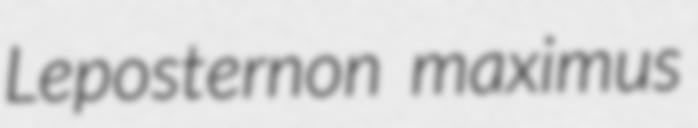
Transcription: Leposternon maximus